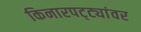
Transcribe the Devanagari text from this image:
किनारपट्ट्यांवर